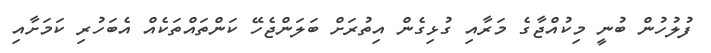
ފުލުހުން ބުނީ މިކުއްޖާގެ މަރާއި ގުޅިގެން އިތުރަށް ބަލަންޖެހޭ ކަންތައްތަކެއް އެބަހުރި ކަމަށާއި